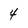
Character: 4